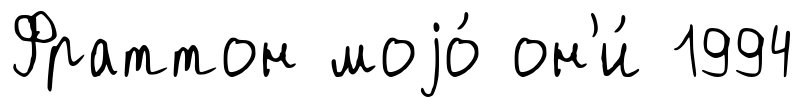
Фраттон моjо́ он'и́ 1994